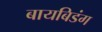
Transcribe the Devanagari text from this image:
बायबिडंग